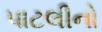
પાટલીનો